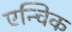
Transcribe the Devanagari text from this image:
एन्चिक